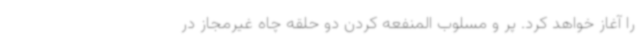
را آغاز خواهد کرد. پر و مسلوب المنفعه کردن دو حلقه چاه غیرمجاز در